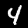
Digit: 4